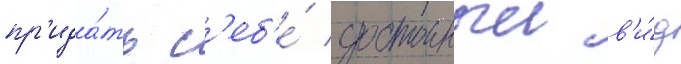
пр'ида́ть с'еб'е́ достоиныи в'и́д